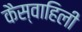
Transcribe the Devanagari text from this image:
कैस्वाहिली